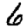
Digit: 6